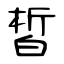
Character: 皙